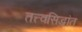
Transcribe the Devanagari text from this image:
तत्त्वसिद्धांत